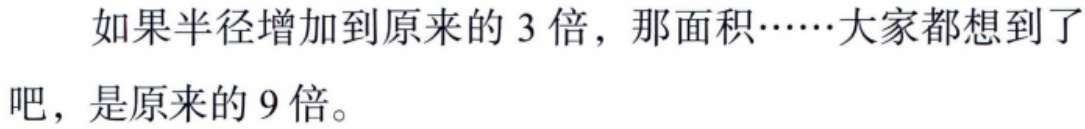
如果半径增加到原来的 3 倍，那面积……大家都想到了吧，是原来的 9 倍。